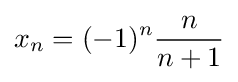
x_{n}=(-1)^{n}{\frac {n}{n+1}}